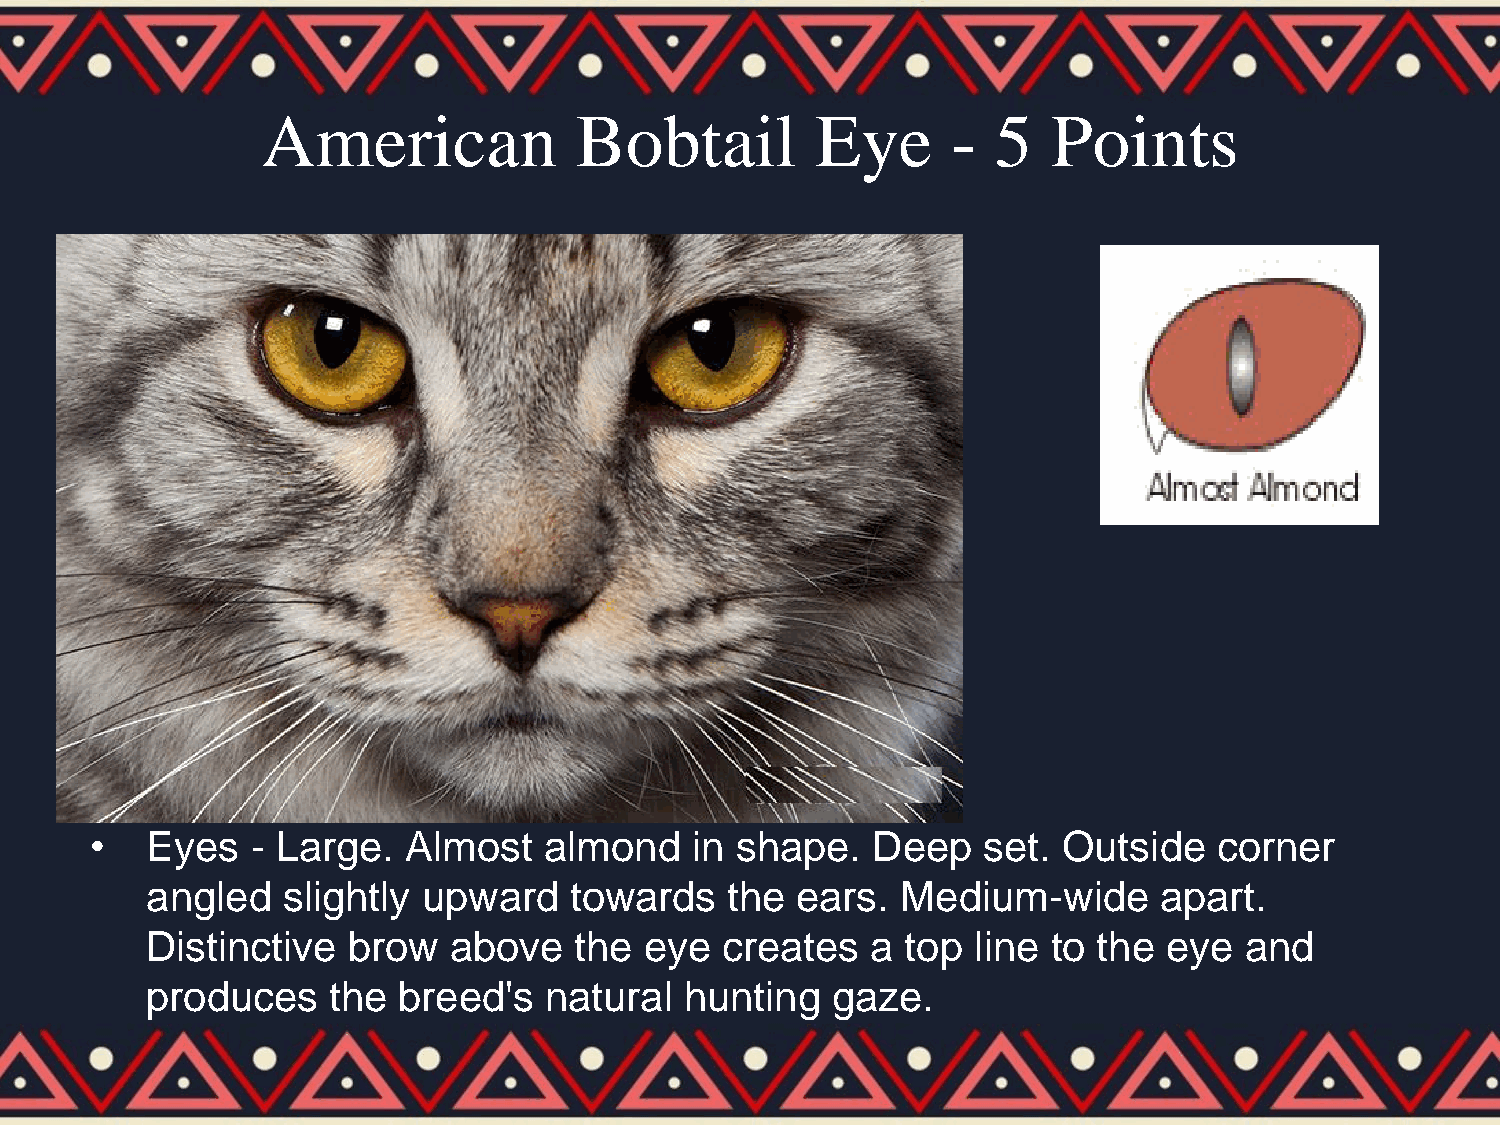
American             Bobtail         Eye      -  5   Points
 •   Eyes   - Large.  Almost   almond    in shape.   Deep   set. Outside    corner
 angled   slightly upward    towards   the  ears.  Medium-wide      apart.
 Distinctive  brow   above   the  eye  creates   a top  line to the eye  and
 produces    the breed's   natural  hunting   gaze.